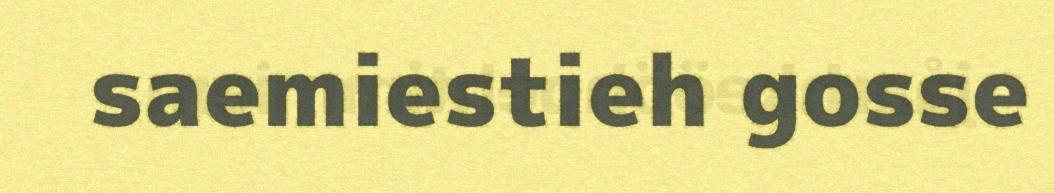
saemiestieh gosse